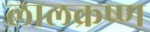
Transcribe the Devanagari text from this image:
लालक्रष्ण